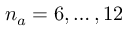
n _ { a } = 6 , \ldots , 1 2